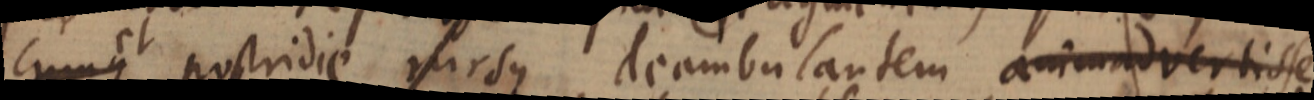
cum et postridie rursus deambulantem animadvertisse